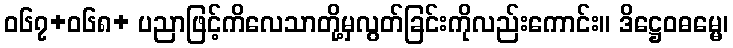
ဝ၆၇+၀၆၈+ ပညာဖြင့်ကိလေသာတို့မှလွတ်ခြင်းကိုလည်းကောင်း။ ဒိဋ္ဌေဝဓမ္မေ၊